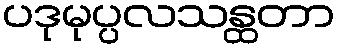
ပဒုမုပ္ပလသန္ထတာ